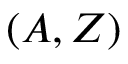
( A , Z )